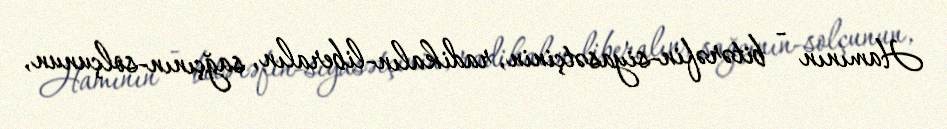
Hamının - bitərəfin-siyasətçinin, radikalın-liberalın, sağçının-solçunun,